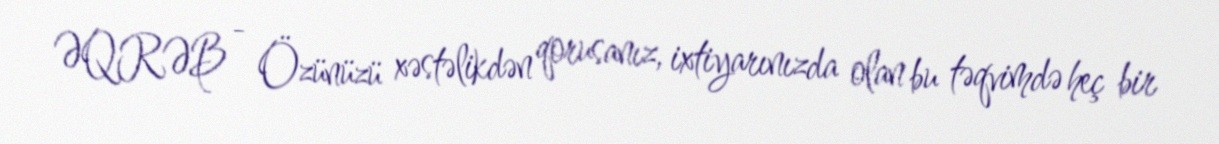
ƏQRƏB - Özünüzü xəstəlikdən qorusanız, ixtiyarınızda olan bu təqvimdə heç bir